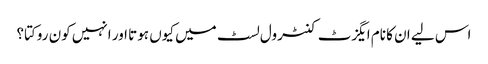
اس لیے ان کا نام ایگزٹ کنٹرول لسٹ میں کیوں ہوتا اور انہیں کون روکتا؟